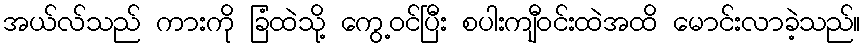
အယ်လ်သည် ကားကို ခြံထဲသို့ ကွေ့ဝင်ပြီး စပါးကျီဝင်းထဲအထိ မောင်းလာခဲ့သည်။